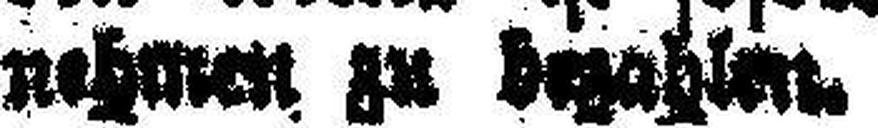
nehmen zu bezahlen.